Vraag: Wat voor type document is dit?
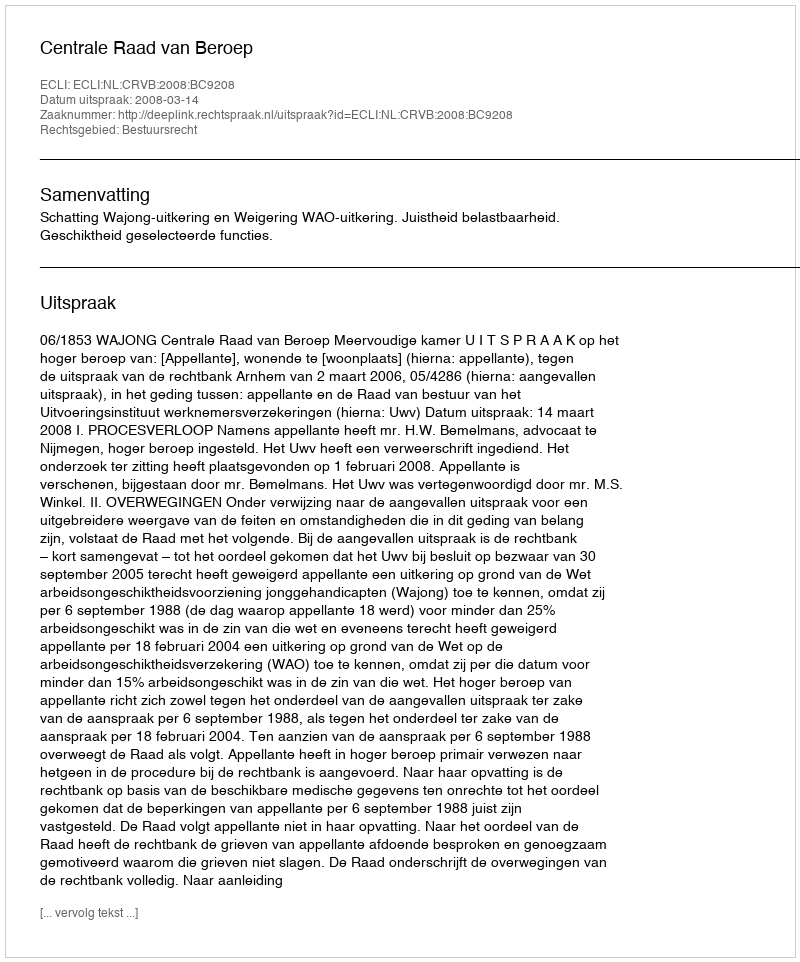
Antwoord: Uitspraak